Leaving Certificate Examination (including Day School Certificate (Higher) General paper), 1930
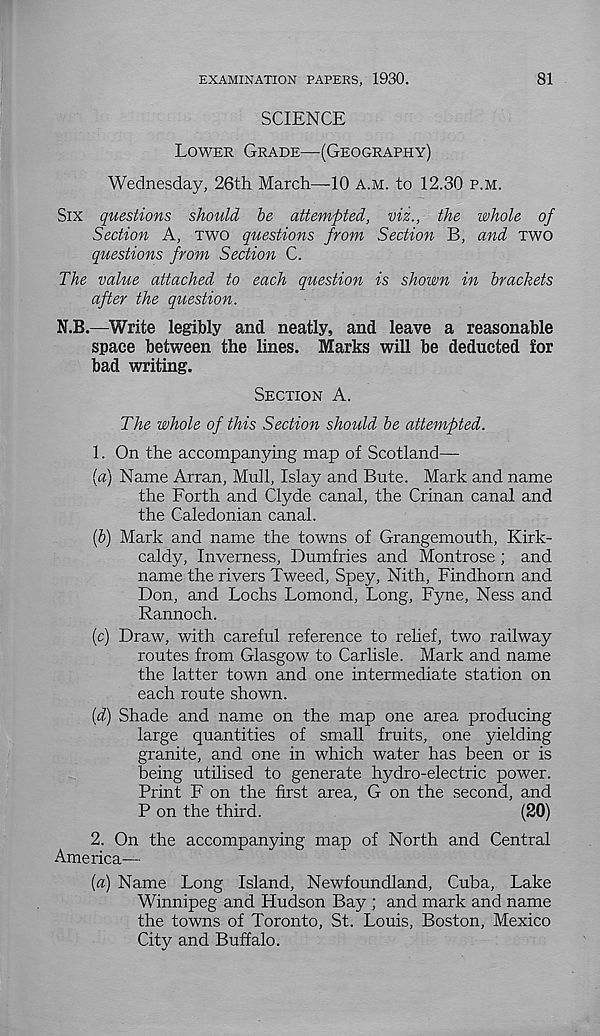
EXAMINATION PAPERS, 1930.
81
SCIENCE
Lower Grade—(Geography)
Wednesday, 26th March—10 a.m. to 12.30 p.m.
Six questions should be attempted, viz., the whole of
Section A, two questions from Section B, and two
questions from Section C.
The value attached to each question is shown in brackets
after the question.
N.B.—Write legibly and neatly, and leave a reasonable
space between the lines. Marks will be deducted for
bad writing.
Section A.
The whole of this Section should be attempted.
1. On the accompanying map of Scotland—
{a) Name Arran, Mull, Islay and Bute. Mark and name
the Forth and Clyde canal, the Crinan canal and
the Caledonian canal.
(6) Mark and name the towns of Grangemouth, Kirk-
caldy, Inverness, Dumfries and Montrose ; and
name the rivers Tweed, Spey, Nith, Findhorn and
Don, and Lochs Lomond, Long, Fyne, Ness and
Rannoch.
(c) Draw, with careful reference to relief, two railway
routes from Glasgow to Carlisle. Mark and name
the latter town and one intermediate station on
each route shown.
{d) Shade and name on the map one area producing
large quantities of small fruits, one yielding
granite, and one in which water has been or is
being utilised to generate hydro-electric power.
Print F on the first area, G on the second, and
P on the third.
(20)
2. On the accompanying map of North and Central
America—
[a) Name Long Island, Newfoundland, Cuba, Lake
Winnipeg and Hudson Bay ; and mark and name
the towns of Toronto, St. Louis, Boston, Mexico
City and Buffalo.